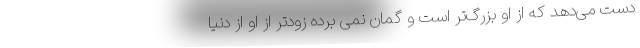
دست می‌دهد که از او بزرگ‌تر است و گمان نمی برده زودتر از او از دنیا